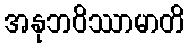
အနုဘဝိဿာမာတိ